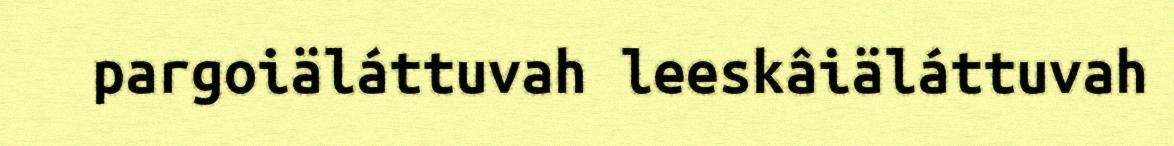
pargoiäláttuvah leeskâiäláttuvah